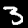
Label: 3